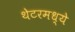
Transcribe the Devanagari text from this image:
थेटरमध्ये